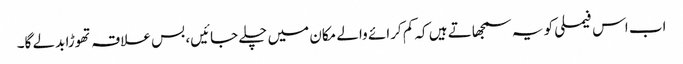
اب اس فیملی کو یہ سمجھاتے ہیں کہ کم کرائے والے مکان میں چلے جائیں، بس علاقہ تھوڑا بدلے گا۔